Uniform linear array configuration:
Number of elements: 4
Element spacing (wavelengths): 1
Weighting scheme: hann
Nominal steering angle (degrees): -60
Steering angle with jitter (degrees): -59.427
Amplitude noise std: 0.05
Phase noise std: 0.05

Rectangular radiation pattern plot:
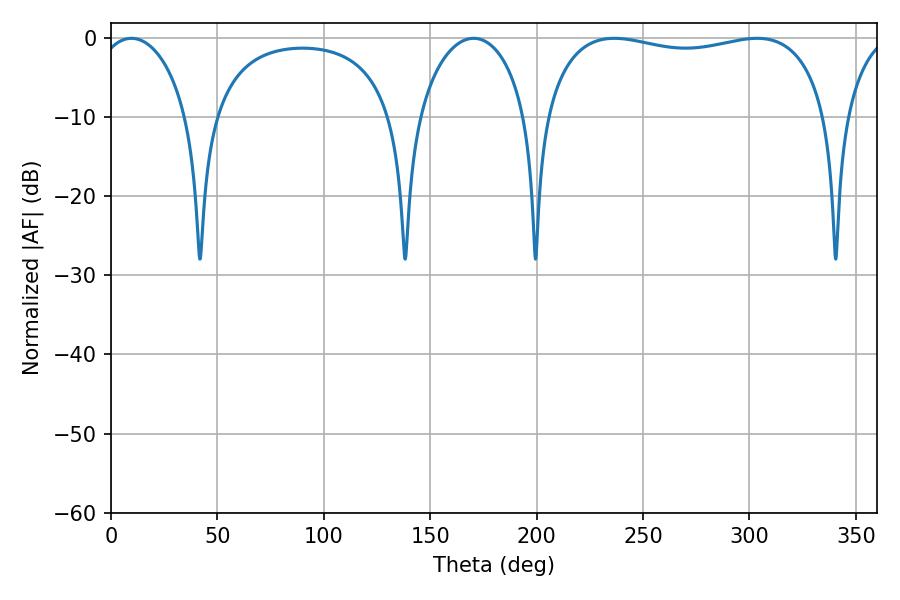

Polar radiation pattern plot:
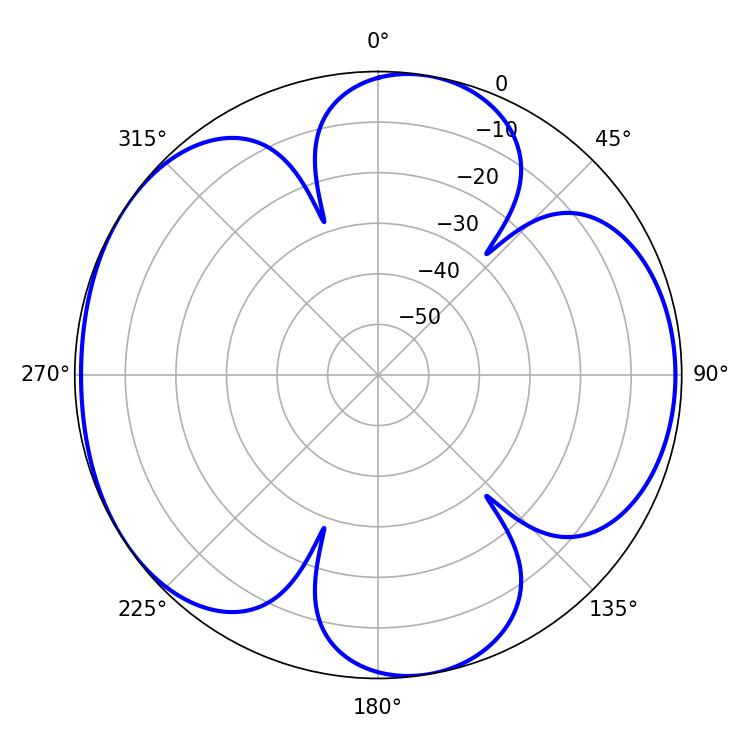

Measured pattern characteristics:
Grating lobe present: TRUE
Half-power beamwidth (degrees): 108.36
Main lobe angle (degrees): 236.52